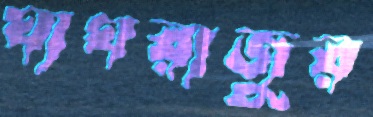
ঘাঘরাজুর